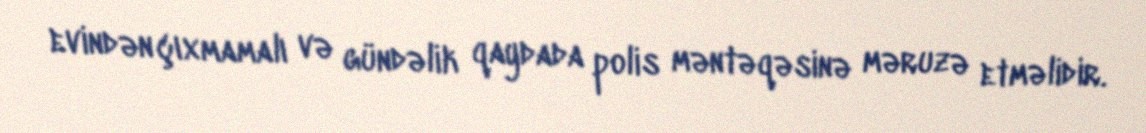
evindən çıxmamalı və gündəlik qaydada polis məntəqəsinə məruzə etməlidir.